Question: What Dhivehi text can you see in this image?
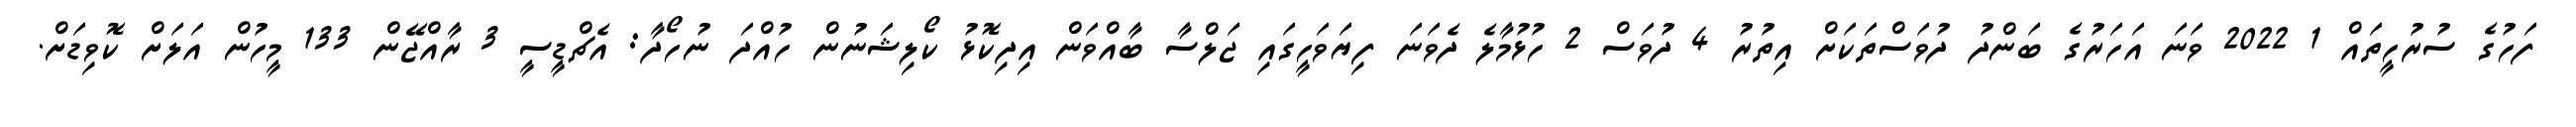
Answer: ފަހުގެ ސުރުހީތައް 1 2022 ވަނަ އަހަރުގެ ބަންދު ދުވަސްތަކަށް އިތުރު 4 ދުވަސް 2 ހުޅުމާލެ ދެވަނަ ފިޔަވަހީގައި ޖަލްސާ ބާއްވަން އިދިކޮޅު ކޯލިޝަނުން ހުއްދަ ނުހޯދާ: އެޗްޑީސީ 3 ރާއްޖޭން 133 މީހުން އަލަށް ކޮވިޑަށް.